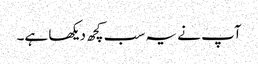
آپ نے یہ سب کچھ دیکھا ہے۔